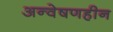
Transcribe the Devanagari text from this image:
अन्वेषणहीन